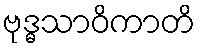
ဗုဒ္ဓသာဝိကာတိ